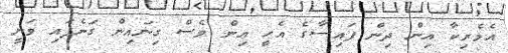
އެމެރިކާ އިން ދިން ފައިސާގެ އެހީ އިން ވެސް ގިނައިން ގަނެފައި ވަނީ